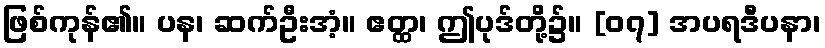
ဖြစ်ကုန်၏။ ပန၊ ဆက်ဦးအံ့။ ဧတ္ထ၊ ဤပုဒ်တို့၌။ [၀၇] အပရဒီပနာ၊